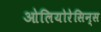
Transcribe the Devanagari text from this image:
ओलियोरेसिन्स